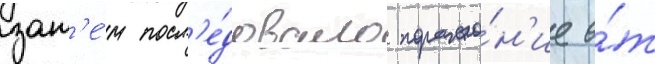
зат'е́м посл'е́довало пораже́н'ие о́т